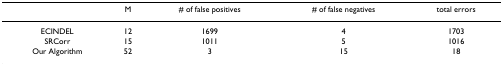
<table><thead><tr><td></td><td><b>M</b></td><td><b># of false positives</b></td><td><b># of false negatives</b></td><td><b>total errors</b></td></tr></thead><tbody><tr><td>ECINDEL</td><td>12</td><td>1699</td><td>4</td><td>1703</td></tr><tr><td>SRCorr</td><td>15</td><td>1011</td><td>5</td><td>1016</td></tr><tr><td>Our Algorithm</td><td>52</td><td>3</td><td>15</td><td>18</td></tr></tbody></table>